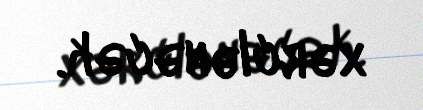
xərclənəcək.